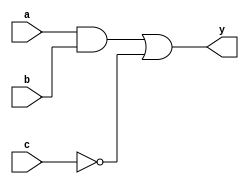
module combinational_logic (
    input wire a,          // Input signal a
    input wire b,          // Input signal b
    input wire c,          // Input signal c
    output reg y          // Output signal y
);

always @(*) begin
    // Example combinational logic operations
    // y is driven based on a combination of input signals a, b, and c
    y = (a & b) | (~c);    // y is true if both a and b are true, or if c is false
end

endmodule